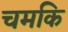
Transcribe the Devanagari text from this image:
चमकि